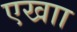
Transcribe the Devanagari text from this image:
एखाा